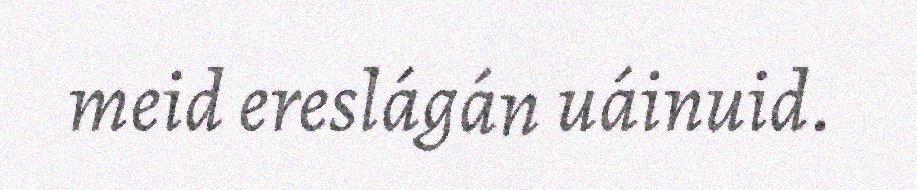
meid ereslágán uáinuid.